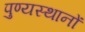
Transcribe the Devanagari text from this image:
पुण्यस्थानों